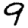
Digit: 9